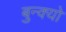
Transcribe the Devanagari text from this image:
बुन्क्यो